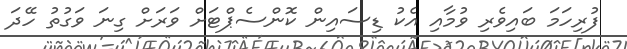
ފުރިހަމަ ބައިވެރި ވުމާއި އެކު ޑިސައިން ކޮންސެޕްޓަށް ވަރަށް ގިނަ ވަގުތު ހޭދަ